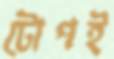
টোপই